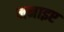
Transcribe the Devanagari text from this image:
मनाइए